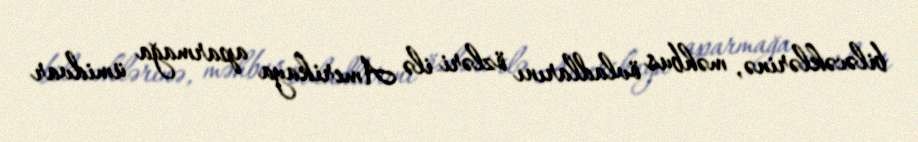
biləcəklərinə, məhbus övladlarını özləri ilə Amerikaya aparmağa ümidvar